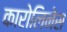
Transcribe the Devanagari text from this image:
कारोलिनेस